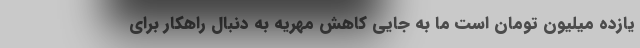
یازده میلیون تومان است ما به جایی کاهش مهریه به دنبال راهکار برای